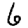
Digit: 6